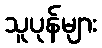
သူပုန်များ